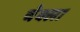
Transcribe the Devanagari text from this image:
चेक्ला